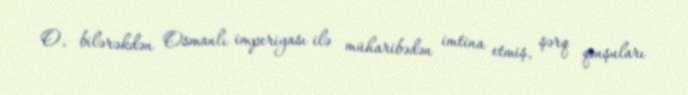
O, bilərəkdən Osmanlı imperiyası ilə müharibədən imtina etmiş, şərq qonşuları